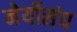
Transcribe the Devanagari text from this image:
नेर्योसंघ